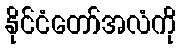
နိုင်ငံတော်အလံကို